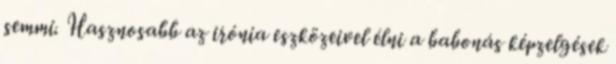
semmi. Hasznosabb az irónia eszközeivel élni a babonás képzelgések